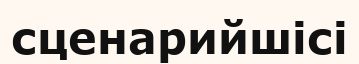
сценарийшісі